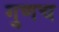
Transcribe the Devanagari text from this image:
गुणच